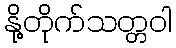
နို့တိုက်သတ္တဝါ